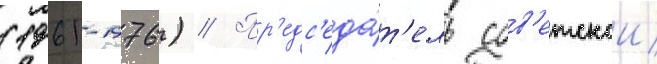
(1961-1976) // Пр'едс'еда́т'ель сов'етскои